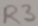
Text: R3